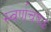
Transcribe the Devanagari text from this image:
स्वर्णचषक